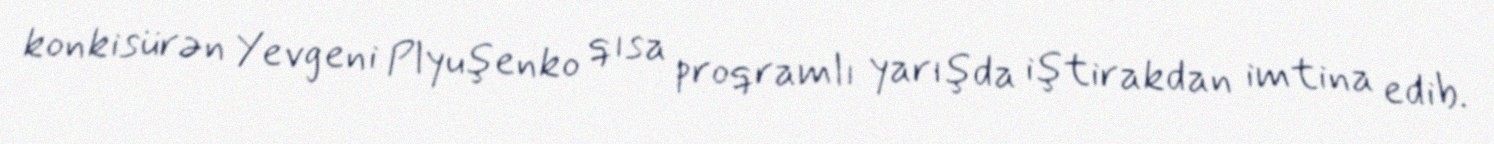
konkisürən Yevgeni Plyuşenko qısa proqramlı yarışda iştirakdan imtina edib.